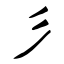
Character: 彡